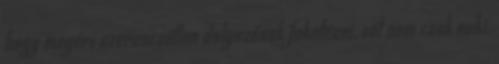
hogy megéri szerencsétlen dolgozónak feketézni, sót nem csak neki,